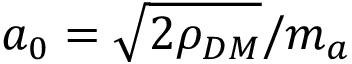
a _ { 0 } = \sqrt { 2 \rho _ { D M } } / m _ { a }